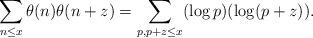
LaTeX: \begin{align*}\sum \limits_{n\leq x}\theta(n)\theta(n+z)=\sum \limits_{p,p+z\leq x}(\log p)(\log (p+z)).\end{align*}